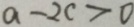
a - 2 c > 0